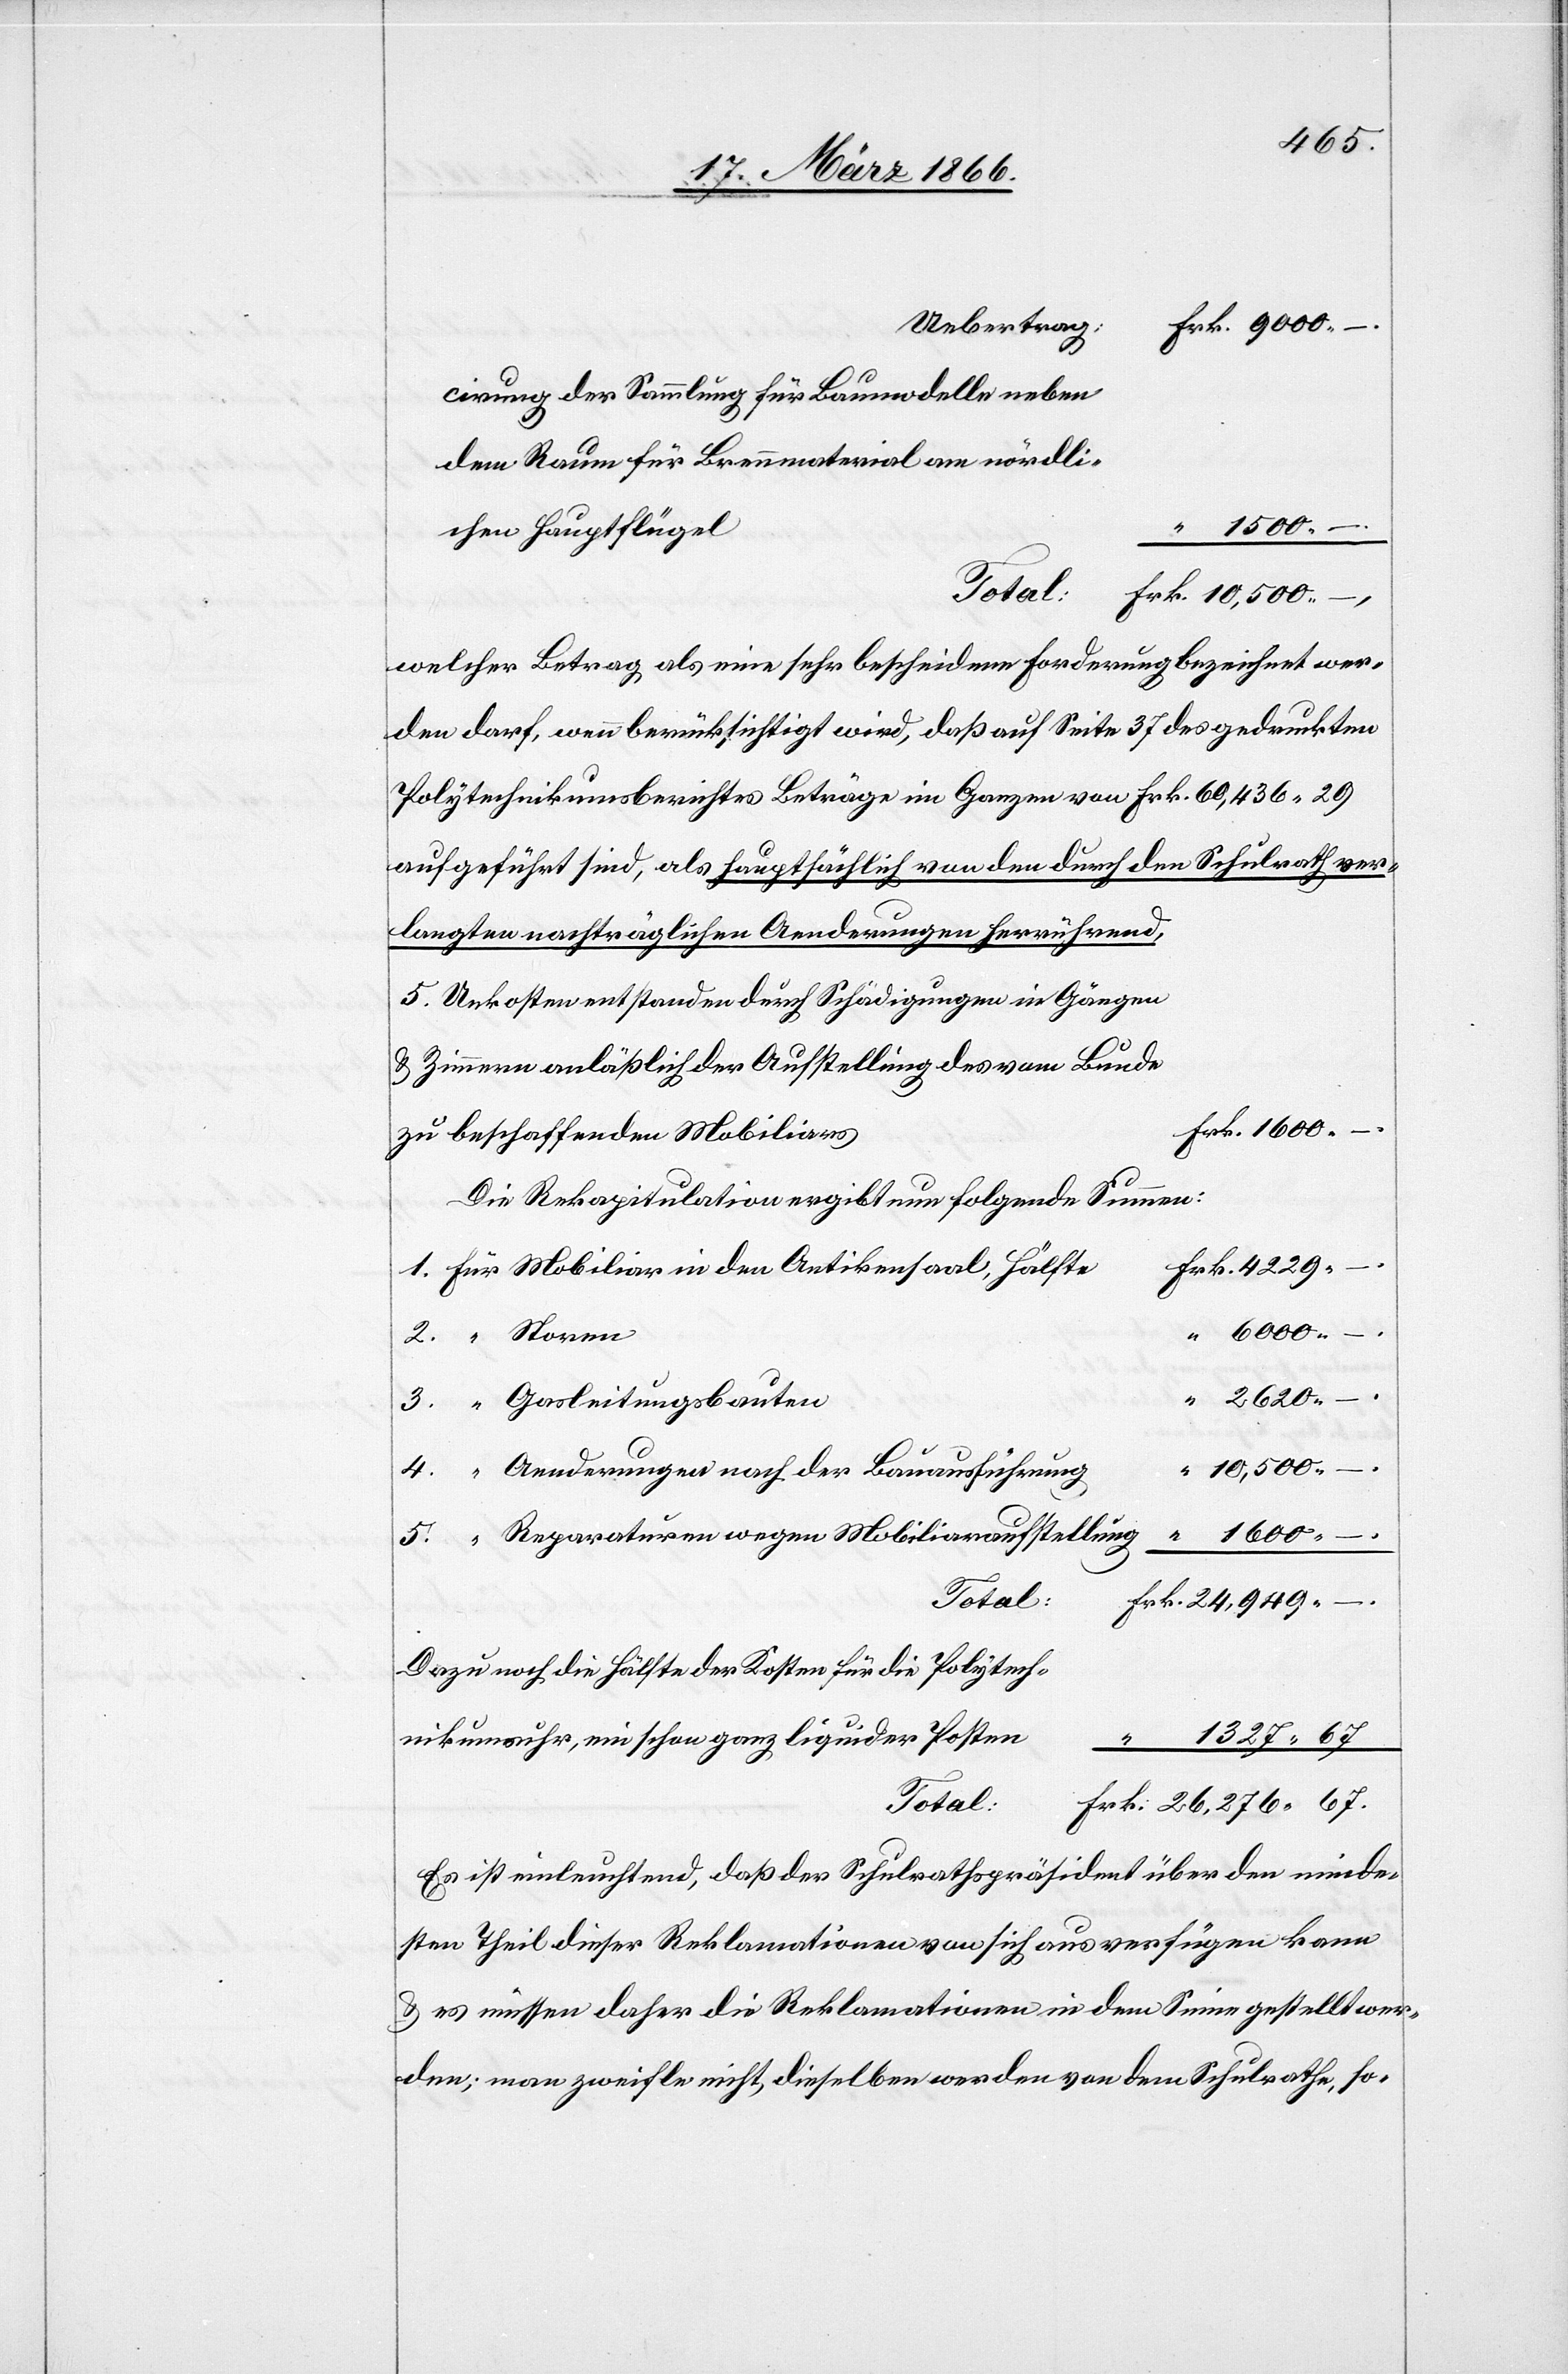
cirung der Sammlung für Baumodelle neben
dem Raum für Brennmaterial am nördli¬
24
1600
chen Hauptflügel
Total:
welcher Betrag als eine sehr bescheidene Forderung bezeichnet wer¬
den darf, wenn berücksichtigt wird, daß auf Seite 37 des gedruckten
Polytechnikumsberichtes Beträge im Ganzen von Frk. 60 436,29
aufgeführt sind, als hauptsächlich von den durch den Schulrath ver¬
langten nachträglichen Aenderungen herrührend,
5. Unkosten entstanden durch Schädigungen in Gängen
u. Zimmern anläßlich der Aufstellung des vom Bunde
zu beschaffenden Mobiliar¬
Die Rekapitulation ergibt nun folgende Summen:
26
Gasleitungsbauten
“
4.
“
Aenderungen nach der Bauausführung
Reparaturen wegen Mobiliaraufstellung
Dazu noch die Hälfte der Kosten für die Polytech¬
1327,67
nikumsuhr, ein schon ganz liquider Posten
“
Es ist einleuchtend, daß der Schulrathspräsident über den minde¬
sten Theil dieser Reklamationen von sich aus verfügen kann
u. es müssen daher die Reklamationen in dem Sinne gestellt wer¬
den; man zweifle nicht, dieselben werden von dem Schulrathe, so-